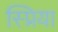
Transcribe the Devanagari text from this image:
स्प्रिया